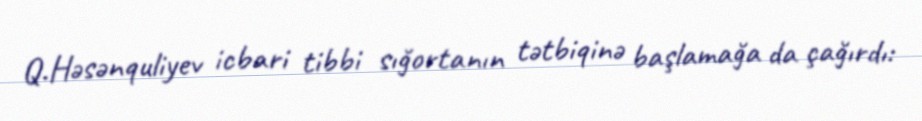
Q.Həsənquliyev icbari tibbi sığortanın tətbiqinə başlamağa da çağırdı: